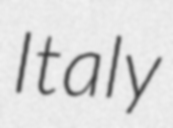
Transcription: Italy